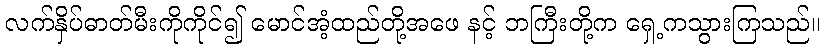
လက်နှိပ်ဓာတ်မီးကိုကိုင်၍ မောင်အံ့ထည်တို့အဖေ နင့် ဘကြီးတို့က ရှေ့ကသွားကြသည်။